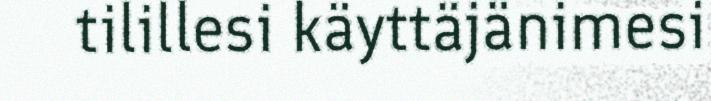
tilillesi käyttäjänimesi